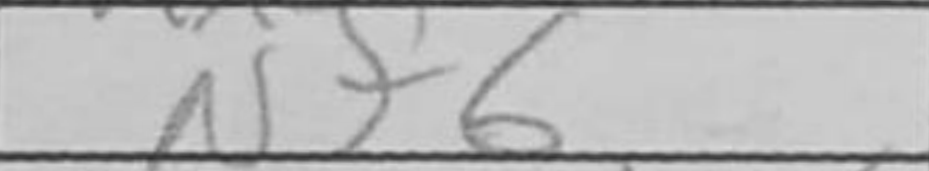
Transcription: Nf6